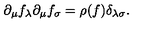
\partial _ { \mu } f _ { \lambda } \partial _ { \mu } f _ { \sigma } = \rho ( f ) \delta _ { \lambda \sigma } .